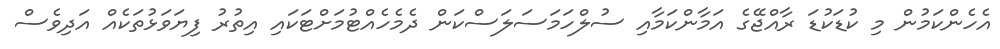
އެހެންކަމުން މި ކުޑަކުޑަ ރާއްޖޭގެ އަމާންކަމާއި ސުލްހަމަސަލަސްކަން ދެމެހެއްޓުމަށްޓަކައި އިތުރު ފިޔަވަޅުތަކެއް އަދިވެސް